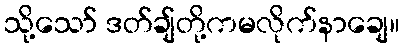
သို့သော် ဒတ်ချ်တို့ကမလိုက်နာချေ။